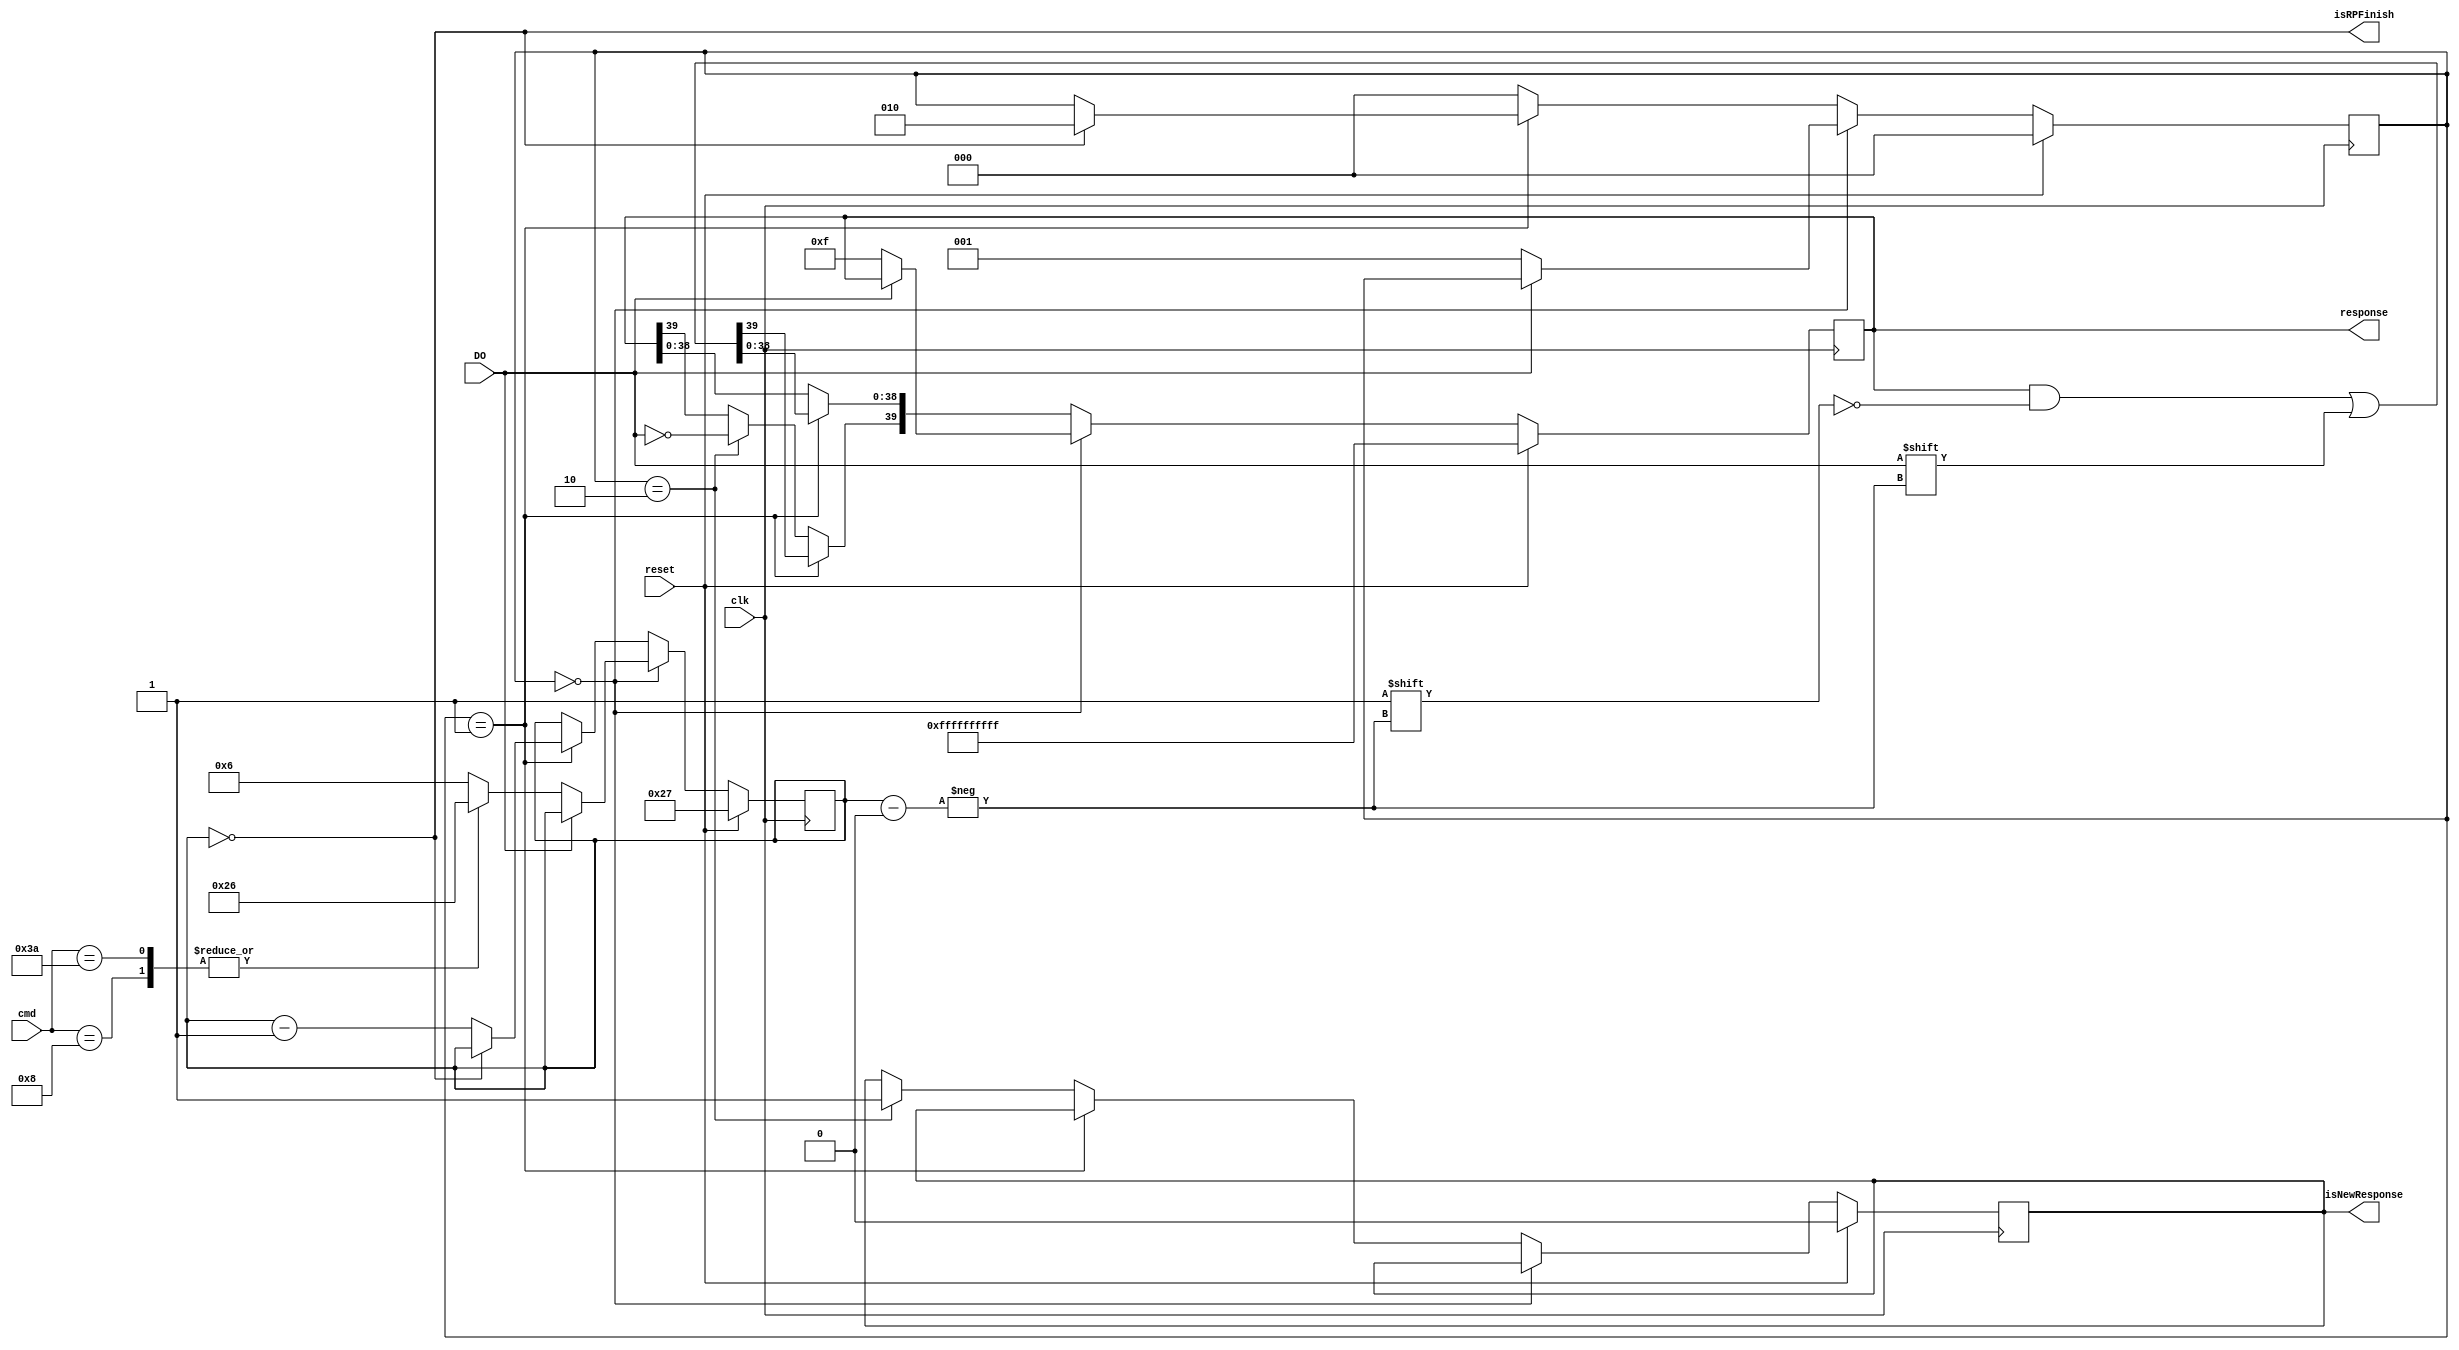
module SD_RP(
  input DO,
  input [5:0] cmd,
  output reg isNewResponse,
  output reg [39:0] response,
	output isRPFinish,
  input clk,
	input reset );
  
  reg [5:0] i;
  reg [2:0] state;
  
  initial begin
    state = 0;
    response = 0;
  end
	
	assign isRPFinish = (i == 0);
  
  always @(posedge clk) begin
		if(reset) begin
			state = 0;
			response = 40'hFFFFFFFFFF;
			isNewResponse = 0;
			i = 39;
		end
		else begin
			if(state == 0) begin
				if(!DO) begin
					response = 40'h00_0000_000F;
					case(cmd)
					8 : i = 38;
					58 : i = 38;
					default : i = 6;
					endcase
					state = 1;
				end
			end
			else if(state == 1) begin
				response[i] = DO;
				if(i == 0) state = 2;
				else i = i - 1;
			end
			else if(state == 2) begin
				response[39] = !DO;
				isNewResponse = 1;
				state = 0;
			end
			else state = 0;	
		end
    
  end
  
endmodule